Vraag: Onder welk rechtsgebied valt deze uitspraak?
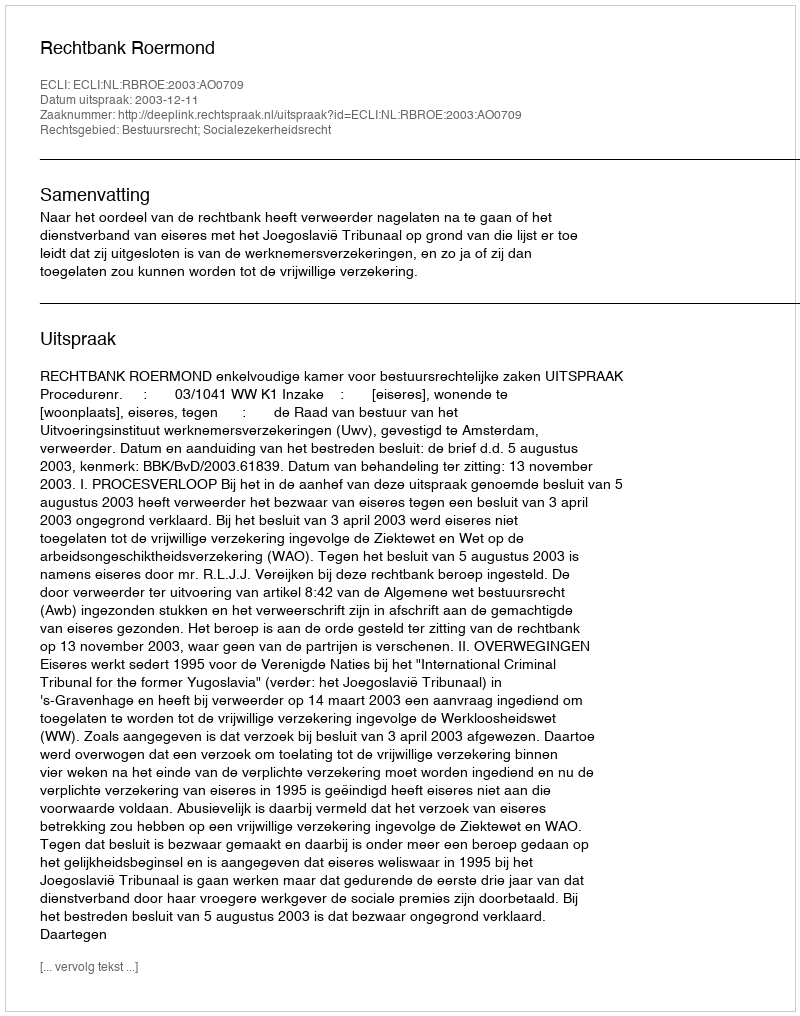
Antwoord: Bestuursrecht; Socialezekerheidsrecht